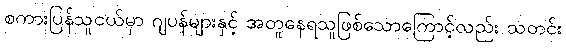
စကားပြန်သူငယ်မှာ ဂျပန်များနှင့် အတူနေရသူဖြစ်သောကြောင့်လည်း သတင်း